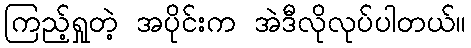
ကြည့်ရှုတဲ့ အပိုင်းက အဲဒီလိုလုပ်ပါတယ်။